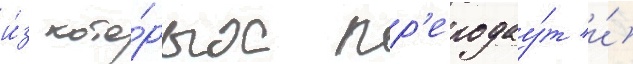
и́з кото́рых пр'еподау́т и́